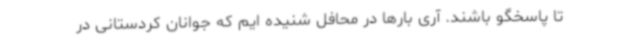
تا پاسخگو باشند. آری بارها در محافل شنیده ایم که جوانان کردستانی در